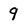
Character: 9